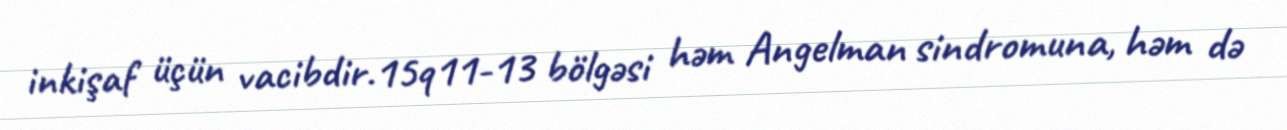
inkişaf üçün vacibdir.15q11-13 bölgəsi həm Angelman sindromuna, həm də